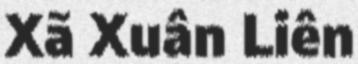
Xã Xuân Liên